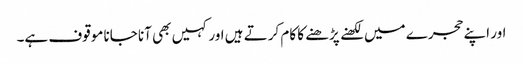
اور اپنے حجرے میں لکھنے پڑھنے کا کام کرتے ہیں اور کہیں بھی آنا جانا موقوف ہے۔